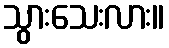
သွားသေးလား။